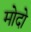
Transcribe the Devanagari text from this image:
मोदो